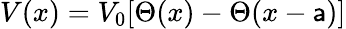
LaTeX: V(x)=V_{0}[\Theta(x)-\Theta(x-\mathsf{a})]